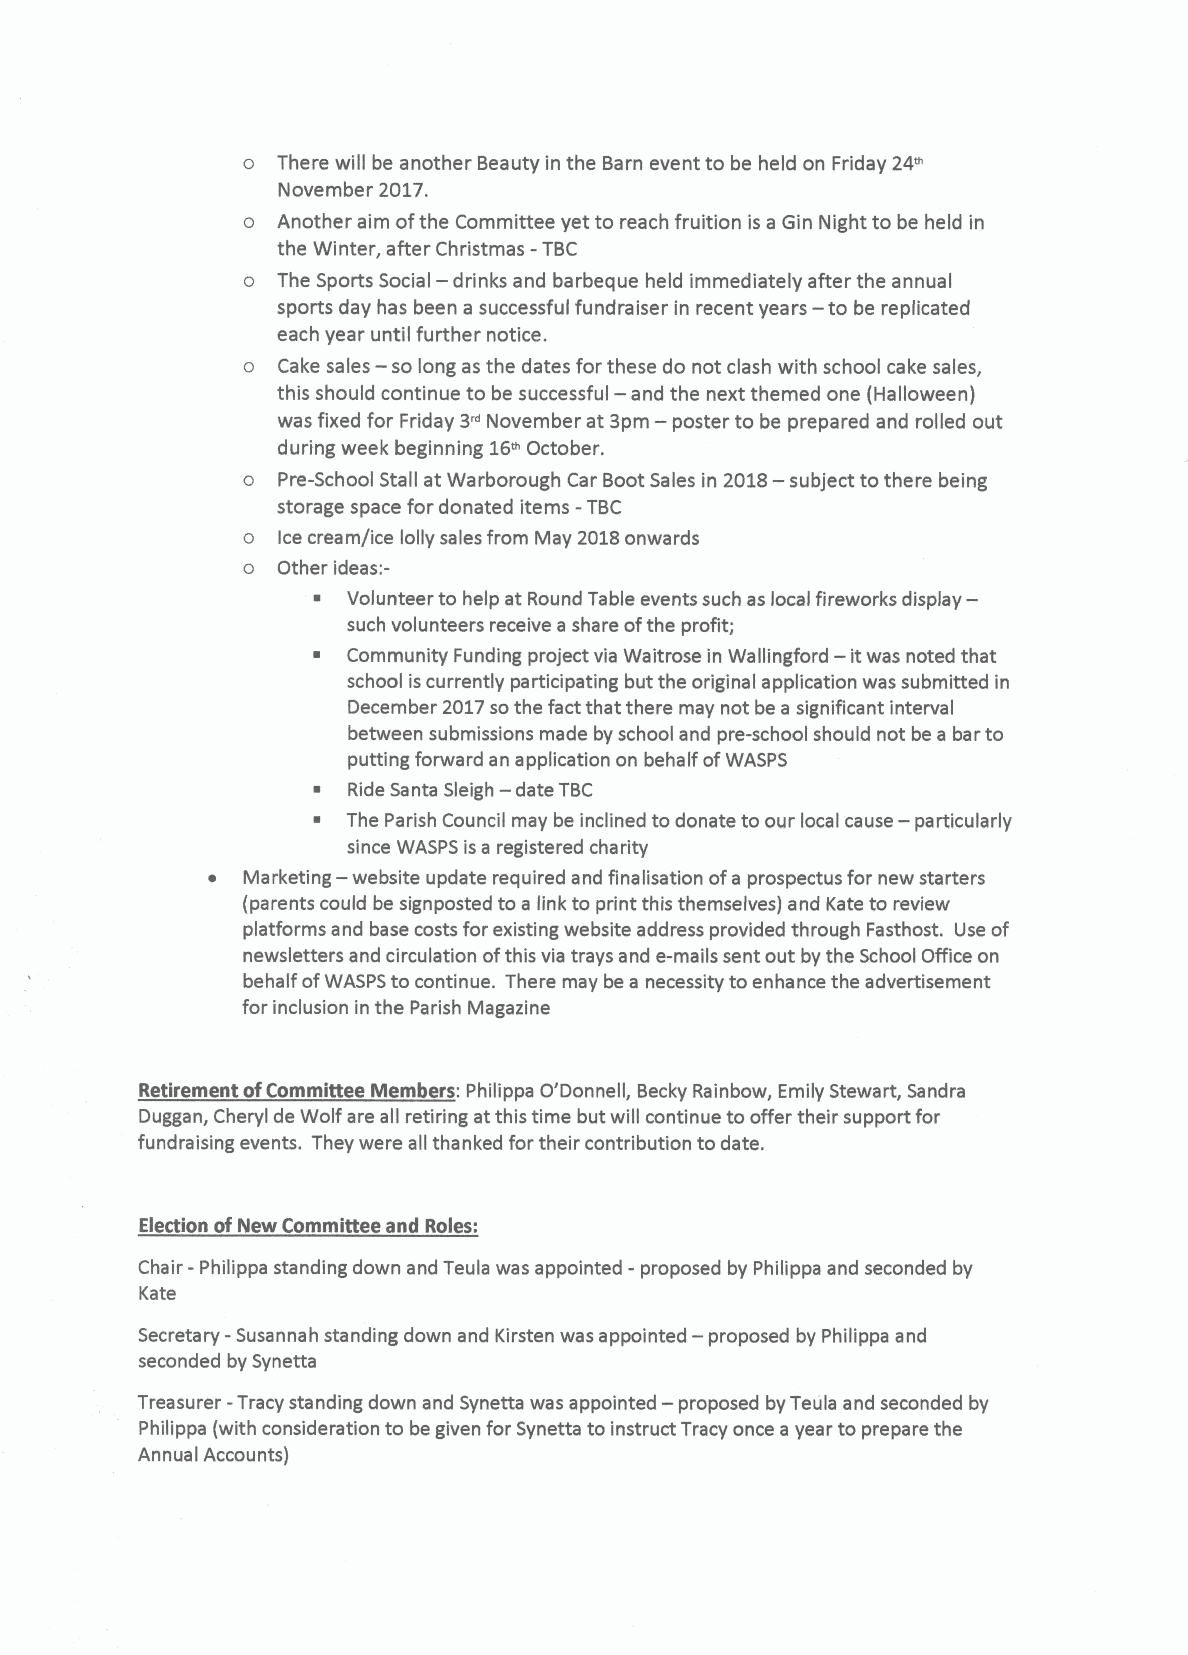
o There will be another Beauty in the Barn event to be held on Friday 24~
 November 2017.
 o Another aim ofthe Committee yet to reach fruition is a Gin Night to be held in
 the Winter, after Christmas - TBC
 o The Sports Social — drinks and barbeque held immediately after the annual
 —
 sports day has been a successful fundraiser in recent years to be replicated
 each year until further notice.
 o Cake sales —so long as the dates for these do not clash with school cake sales,
 this should continue to be successful — and the next themed one (Halloween)
 3"           —
 was fixed for Friday November at 3pm poster to be prepared and rolled out
 during week beginning 16~October.
 o Pre-School Stall at Warborough Car BootSales in 2018— subject to there being
 storage space for donated items - TBC
 o Icecream/ice lolly sales from May 2018onwards
 o Other ideas:-
 '
 Volunteer to help at Round Table events such as local fireworks display-
 such volunteers receive a share ofthe profit;
 —
 ~ Community Funding project via Waitrose in Wallingford it was noted that
 school iscurrently participating but the original application was submitted in
 December 2017sothe fact that there may not be a significant interval
 between submissions made by school and pre-school should not be a bar to
 putting forward an application on behalf ofWASPS
 ~ Ride Santa Sleigh -date TBC
 ~ The Parish Council may be inclined to donate to our local cause — particularly
 since WASPS is a registered charity
 —
 ~ Marketing website update required and finalisation ofa prospectus for new starters
 (parents could be signposted to a link to print this themselves) and Kate to review
 platforms and base costs for existing website address provided through Fasthost. Use of
 newsletters and circulation ofthis via trays and e-mails sent out by the School Office on
 behalf ofWASPS to continue. There may be a necessity to enhance the advertisement
 for inclusion in the Parish Magazine
 Retirement ofCommittee Members: Philippa O'Donnell, Becky Rainbow, Emily Stewart, Sandra
 Duggan, Cheryl de Wolf are all retiring at this time but will continue to offer their support for
 fundraising events. They were all thanked for their contribution to date.
 Election ofNew Committee and Roles:
 Chair - Philippa standing down and Teula was appointed -proposed by Philippa and seconded by
 Kate
 Secretary -Susannah standing down and Kirsten was appointed — proposed by Philippa and
 seconded by Synetta
 Treasurer - Tracy standing down and Synetta was appointed — proposed byTeula and seconded by
 Philippa (with consideration to be given for Synetta to instruct Tracy once a year to prepare the
 Annua Accounts)
 I